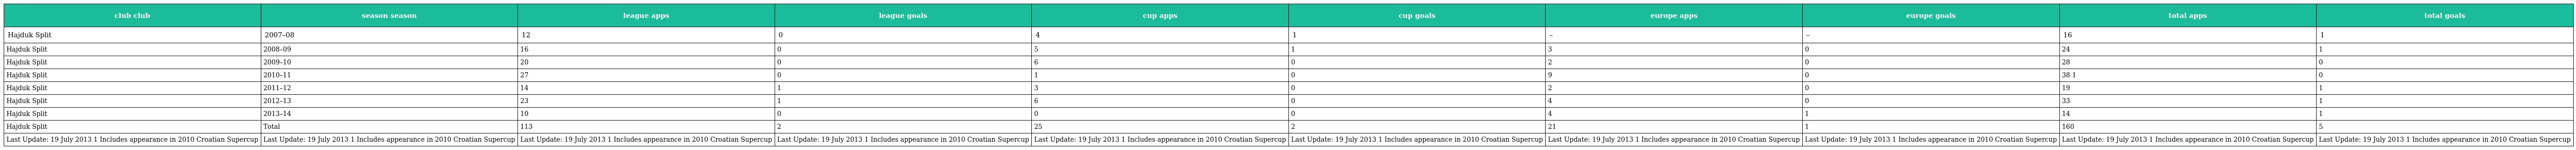
| club club | season season | league apps | league goals | cup apps | cup goals | europe apps | europe goals | total apps | total goals |
 | --- | --- | --- | --- | --- | --- | --- | --- | --- | --- |
 | Hajduk Split | 2007–08 | 12 | 0 | 4 | 1 | – | – | 16 | 1 |
 | Hajduk Split | 2008–09 | 16 | 0 | 5 | 1 | 3 | 0 | 24 | 1 |
 | Hajduk Split | 2009–10 | 20 | 0 | 6 | 0 | 2 | 0 | 28 | 0 |
 | Hajduk Split | 2010–11 | 27 | 0 | 1 | 0 | 9 | 0 | 38 1 | 0 |
 | Hajduk Split | 2011–12 | 14 | 1 | 3 | 0 | 2 | 0 | 19 | 1 |
 | Hajduk Split | 2012–13 | 23 | 1 | 6 | 0 | 4 | 0 | 33 | 1 |
 | Hajduk Split | 2013–14 | 10 | 0 | 0 | 0 | 4 | 1 | 14 | 1 |
 | Hajduk Split | Total | 113 | 2 | 25 | 2 | 21 | 1 | 160 | 5 |
 | Last Update: 19 July 2013 1 Includes appearance in 2010 Croatian Supercup | Last Update: 19 July 2013 1 Includes appearance in 2010 Croatian Supercup | Last Update: 19 July 2013 1 Includes appearance in 2010 Croatian Supercup | Last Update: 19 July 2013 1 Includes appearance in 2010 Croatian Supercup | Last Update: 19 July 2013 1 Includes appearance in 2010 Croatian Supercup | Last Update: 19 July 2013 1 Includes appearance in 2010 Croatian Supercup | Last Update: 19 July 2013 1 Includes appearance in 2010 Croatian Supercup | Last Update: 19 July 2013 1 Includes appearance in 2010 Croatian Supercup | Last Update: 19 July 2013 1 Includes appearance in 2010 Croatian Supercup | Last Update: 19 July 2013 1 Includes appearance in 2010 Croatian Supercup |